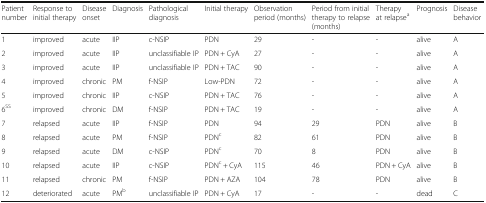
| Patient number | Response to initial therapy | Disease onset | Diagnosis | Pathological diagnosis | Initial therapy | Observation period (months) | Period from initial therapy to relapse (months) | Therapy at relapsea | Prognosis | Disease behavior |
 | --- | --- | --- | --- | --- | --- | --- | --- | --- | --- | --- |
 | 1 | improved | acute | IIP | c-NSIP | PDN | 29 | - | - | alive | A |
 | 2 | improved | acute | IIP | unclassifiable IP | PDN + CyA | 27 | - | - | alive | A |
 | 3 | improved | acute | IIP | unclassifiable IP | PDN + TAC | 90 | - | - | alive | A |
 | 4 | improved | chronic | PM | f-NSIP | Low-PDN | 72 | - | - | alive | A |
 | 5 | improved | chronic | IIP | c-NSIP | PDN + TAC | 76 | - | - | alive | A |
 | 6SS | improved | chronic | DM | f-NSIP | PDN + TAC | 19 | - | - | alive | A |
 | 7 | relapsed | acute | IIP | f-NSIP | PDN | 94 | 29 | PDN | alive | B |
 | 8 | relapsed | acute | PM | f-NSIP | PDNc | 82 | 61 | PDN | alive | B |
 | 9 | relapsed | acute | DM | c-NSIP | PDNc | 70 | 8 | PDN | alive | B |
 | 10 | relapsed | acute | IIP | c-NSIP | PDNc + CyA | 115 | 46 | PDN + CyA | alive | B |
 | 11 | relapsed | chronic | PM | f-NSIP | PDN + AZA | 104 | 78 | PDN | alive | B |
 | 12 | deteriorated | acute | PMb | unclassifiable IP | PDN + CyA | 17 | - | - | dead | C |